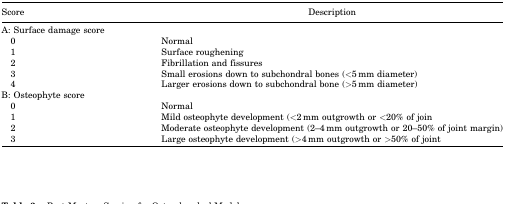
| Score | Description |
 | --- | --- |
 | <COLSPAN=2> A: Surface damage score |
 | 0 | Normal |
 | 1 | Surface roughening |
 | 2 | Fibrillation and fissures |
 | 3 | Small erosions down to subchondral bones (<5 mm diameter) |
 | 4 | Larger erosions down to subchondral bone (>5 mm diameter) |
 | <COLSPAN=2> B: Osteophyte score |
 | 0 | Normal |
 | 1 | Mild osteophyte development (<2 mm outgrowth or <20% of join |
 | 2 | Moderate osteophyte development (2–4 mm outgrowth or 20–50% of joint margin) |
 | 3 | Large osteophyte development (>4 mm outgrowth or >50% of joint |